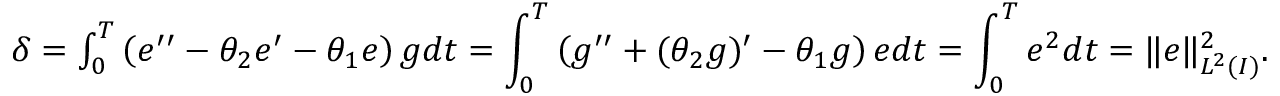
\begin{array} { r } { \delta = \int _ { 0 } ^ { T } \left( e ^ { \prime \prime } - \theta _ { 2 } e ^ { \prime } - \theta _ { 1 } e \right) g d t = \displaystyle \int _ { 0 } ^ { T } \left( g ^ { \prime \prime } + ( \theta _ { 2 } g ) ^ { \prime } - \theta _ { 1 } g \right) e d t = \displaystyle \int _ { 0 } ^ { T } e ^ { 2 } d t = \| e \| _ { L ^ { 2 } ( I ) } ^ { 2 } . } \end{array}